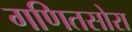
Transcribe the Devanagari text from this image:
गणितसोरा